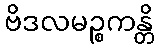
ဗိဒလမဉ္စကန္တိ